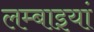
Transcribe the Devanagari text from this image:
लम्बाइयां